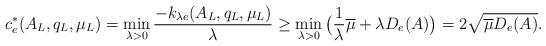
LaTeX: \begin{align*} c^*_e(A_L,q_L,\mu_L)=\min_{\lambda>0} \frac{-k_{\lambda e}(A_L,q_L,\mu_L)}{\lambda} \geq \min_{\lambda>0}\big(\frac{1}{\lambda} \overline{\mu}+\lambda D_e(A)\big)=2\sqrt{ \overline{\mu} D_e(A)}.\end{align*}